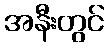
အနီးတွင်